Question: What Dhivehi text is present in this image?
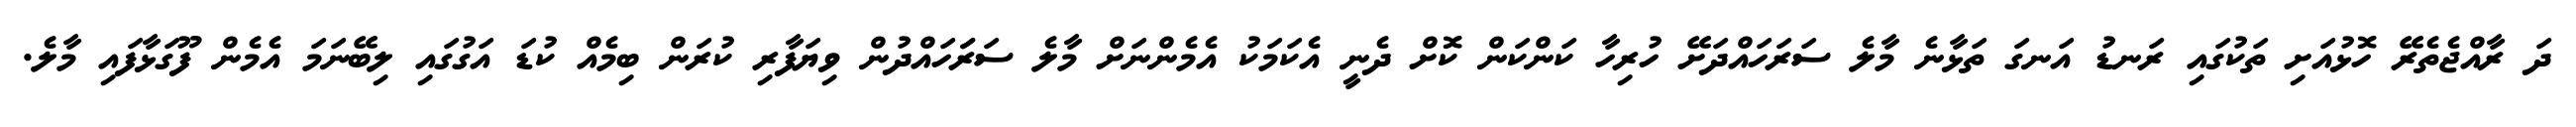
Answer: ދަ ރާއްޖެތެރޭ ހޮޅުއަށި ތަކުގައި ރަނޑު އަނގަ ތަޅާނެ މާލެ ސަރަހައްދަށޭ ހުރިހާ ކަންކަން ކޮށް ދެނީ އެކަމަކު އެމެންނަށް މާލެ ސަރަަހައްދުން ވިޔަފާރި ކުރަން ބިމެއް ކުޑަ އަގުގައި ލިބޭނަމަ އެމެން ފޫގަޅާފައި މާލެ.